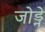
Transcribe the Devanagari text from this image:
जोड्ने